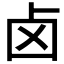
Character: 卤